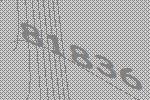
81836